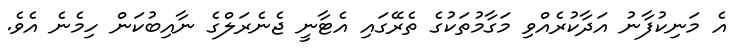
އެ މަނިކުފާނު އަދާކުރެއްވި މަގާމުތަކުގެ ތެރޭގައި އެޓާނީ ޖެނެރަލްގެ ނާއިބުކަން ހިމެނެ އެވެ.